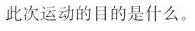
此次运动的目的是什么。